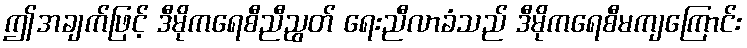
ဤအချက်ဖြင့် ဒီမိုကရေစီညီညွတ် ရေးညီလာခံသည် ဒီမိုကရေစီမကျကြောင်း